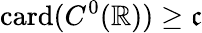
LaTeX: \mathrm{card}(C^{0}(\mathbb{R}))\geq{\mathfrak{c}}